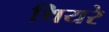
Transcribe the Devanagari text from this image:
थियरे